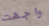
واجهت